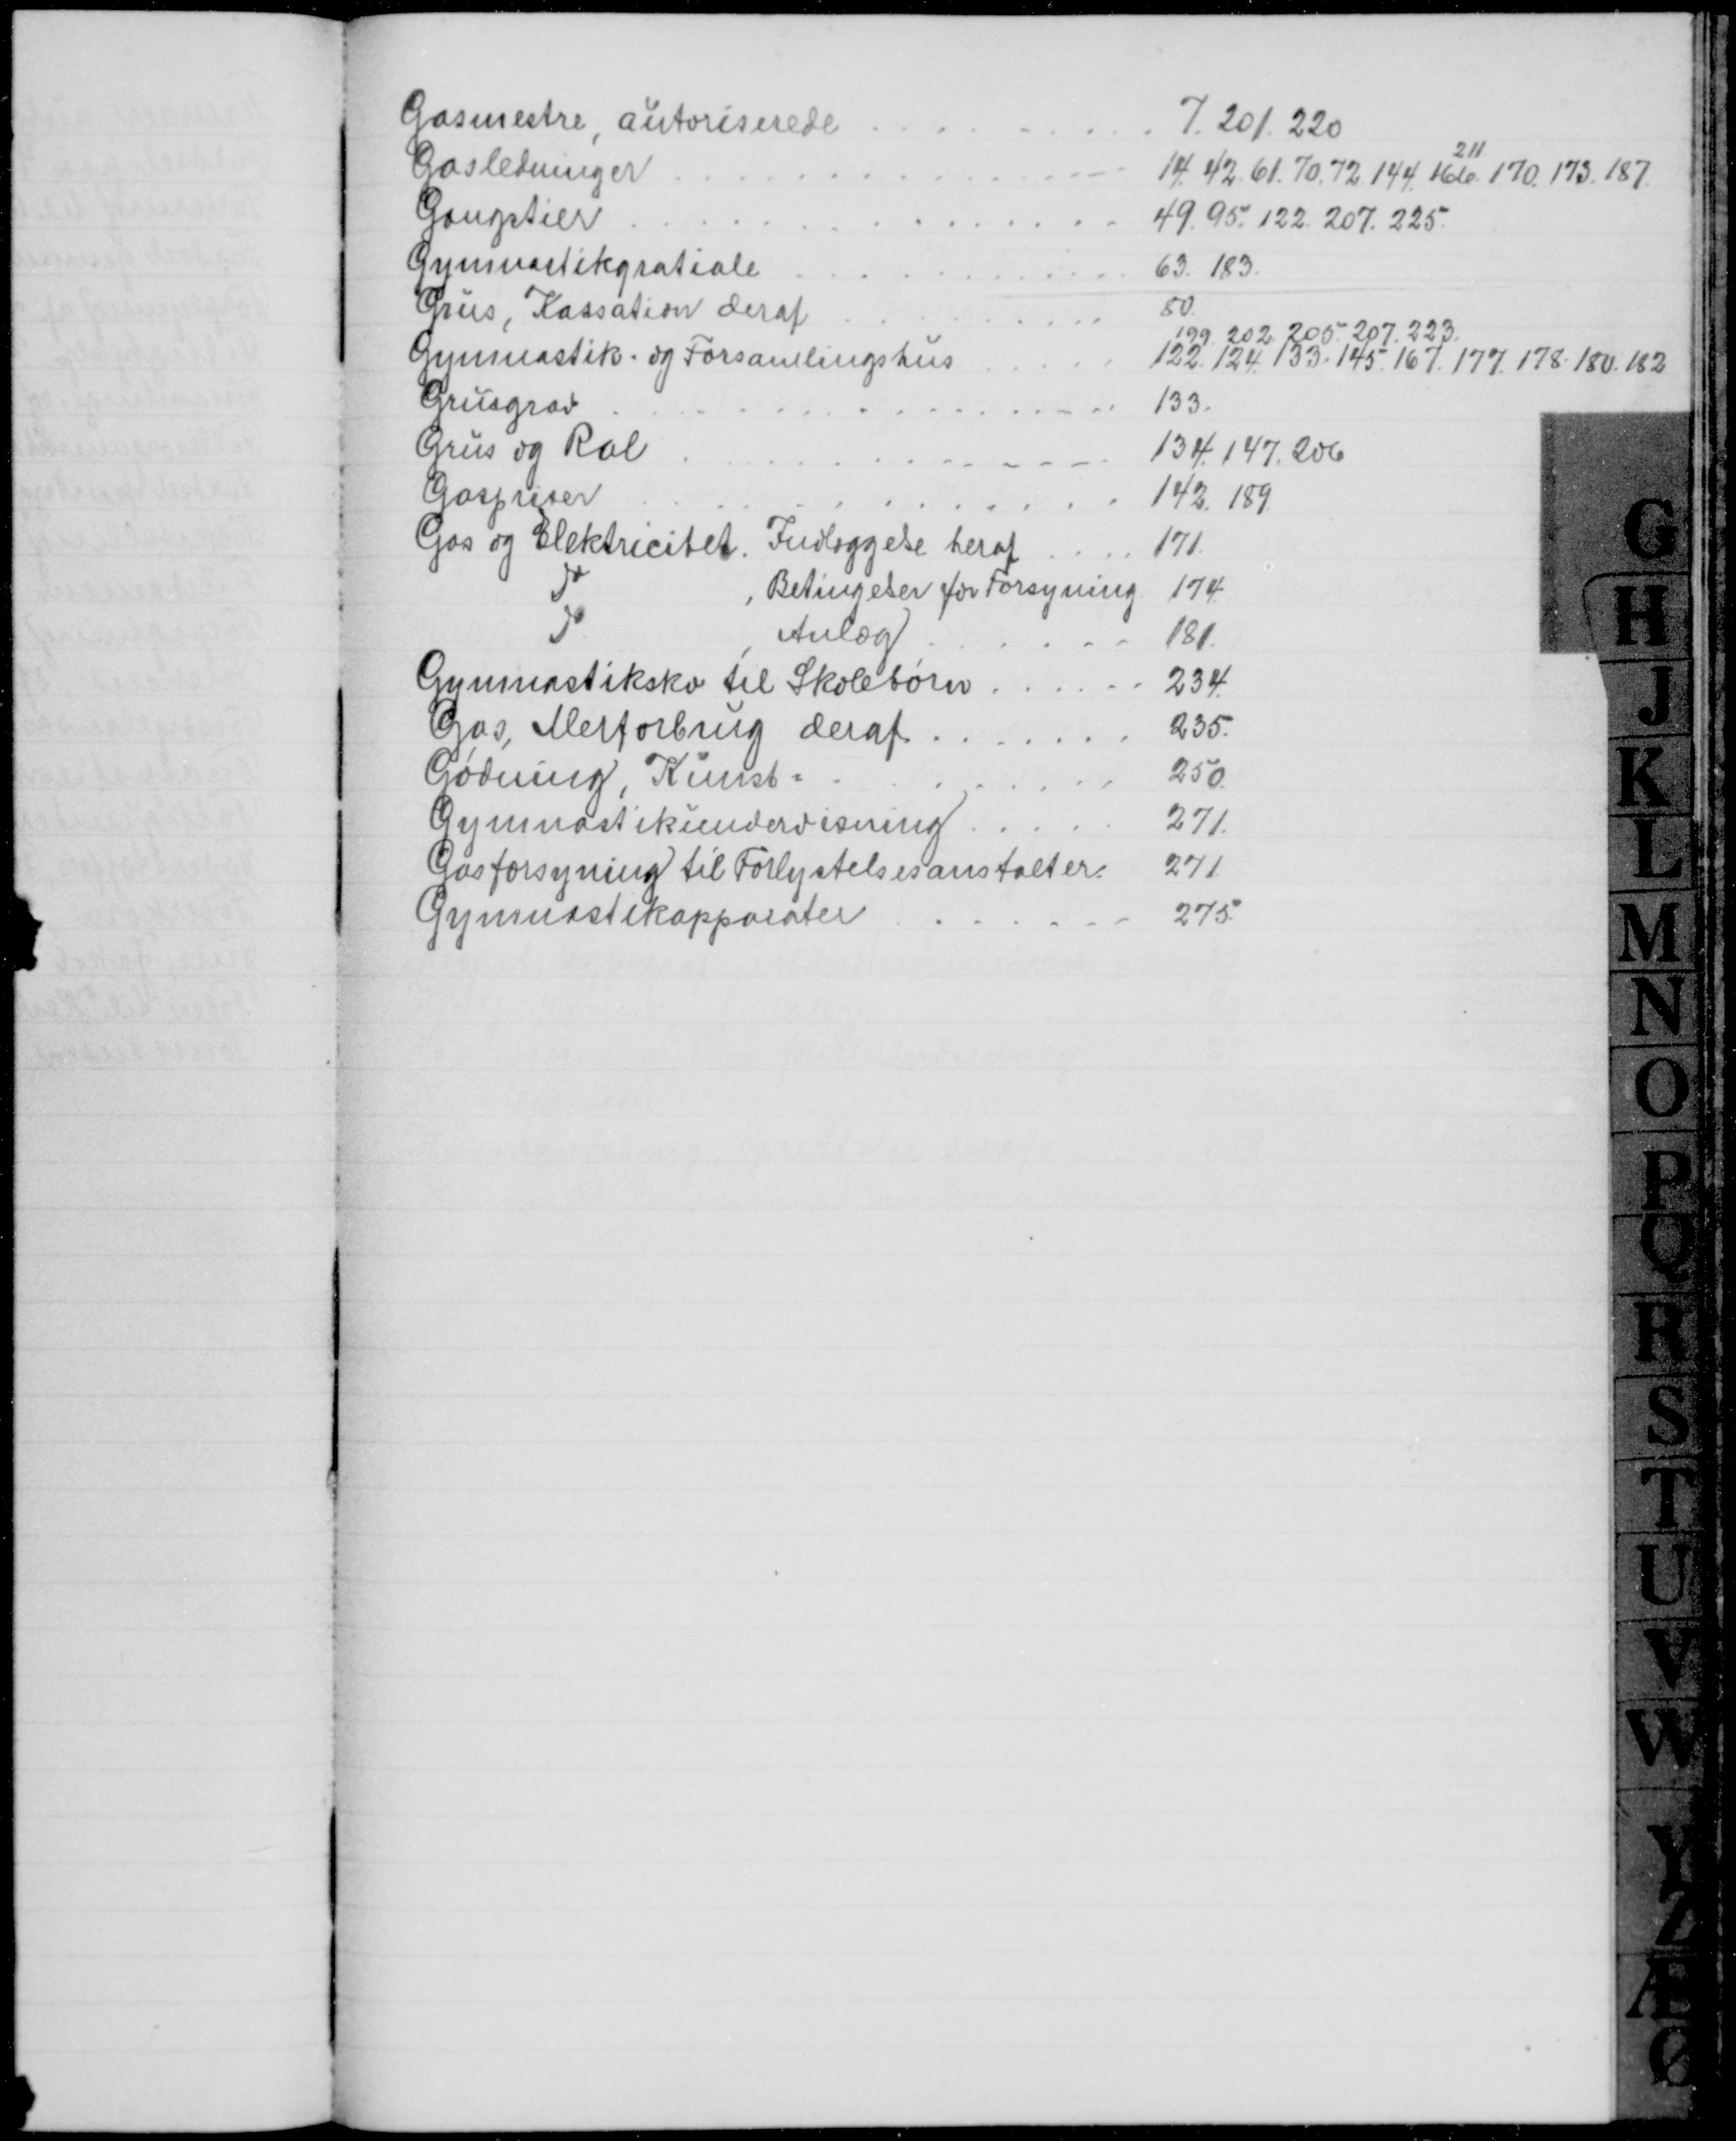
Transskription:
Gasmestre autoriserede
7. 201. 220
Gasledninger
211
14. 42. 61. 70. 72 144. 166. 170. 173.187.
Gangstier
49. 95. 122. 207. 225.
Gymnastikgratiale
63. 183.
Grus, Kassation deraf
80
Gymnastik- og Forsamlingshus
199. 202. 205. 207. 223.
122.124. 133. 145. 167. 177. 178. 180. 182
Grusgrav
133.
Grus og Ral
134.147. 206
Gaspriser
142. 189.
Gas og Elektricitet. Indlæggelse heraf
171
Do
Betingelser for Forsyning
174
Do
Anlæg
181.
Gymnastiksko til Skolebørn
234
Gas, Merforbrug deraf
235.
Gødning, Kunst=
250
Gymnastikundervisning
271.
Gasforsyning til Forlystelsesanstalter
271.
Gymnastikapparater
275.